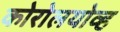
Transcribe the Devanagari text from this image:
कोरोलयोव्ह